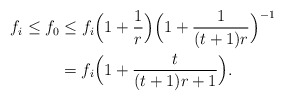
\begin{align*} f_i\leq f_0 &\leq f_i\Big(1+\frac{1}{r}\Big)\Big(1+\frac{1}{(t+1)r}\Big)^{-1} \\ &=f_i\Big(1+\frac{t}{(t+1)r+1}\Big).\end{align*}